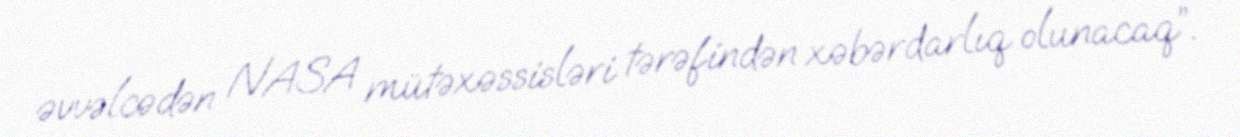
əvvəlcədən NASA mütəxəssisləri tərəfindən xəbərdarlıq olunacaq”.